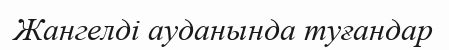
Жангелді ауданында туғандар